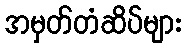
အမှတ်တံဆိပ်များ